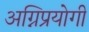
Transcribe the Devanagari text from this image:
अग्निप्रयोगी